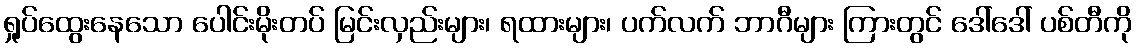
ရှုပ်ထွေးနေသော ပေါင်းမိုးတပ် မြင်းလှည်းများ၊ ရထားများ၊ ပက်လက် ဘာဂီများ ကြားတွင် ဒေါ်ဒေါ် ပစ်တီကို